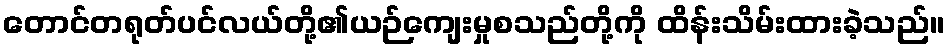
တောင်တရုတ်ပင်လယ်တို့၏ယဉ်ကျေးမှုစသည်တို့ကို ထိန်းသိမ်းထားခဲ့သည်။